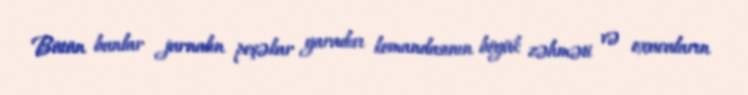
Bütün bunlar jurnalın peşəkar yaradıcı komandasının böyük zəhməti və oxucuların